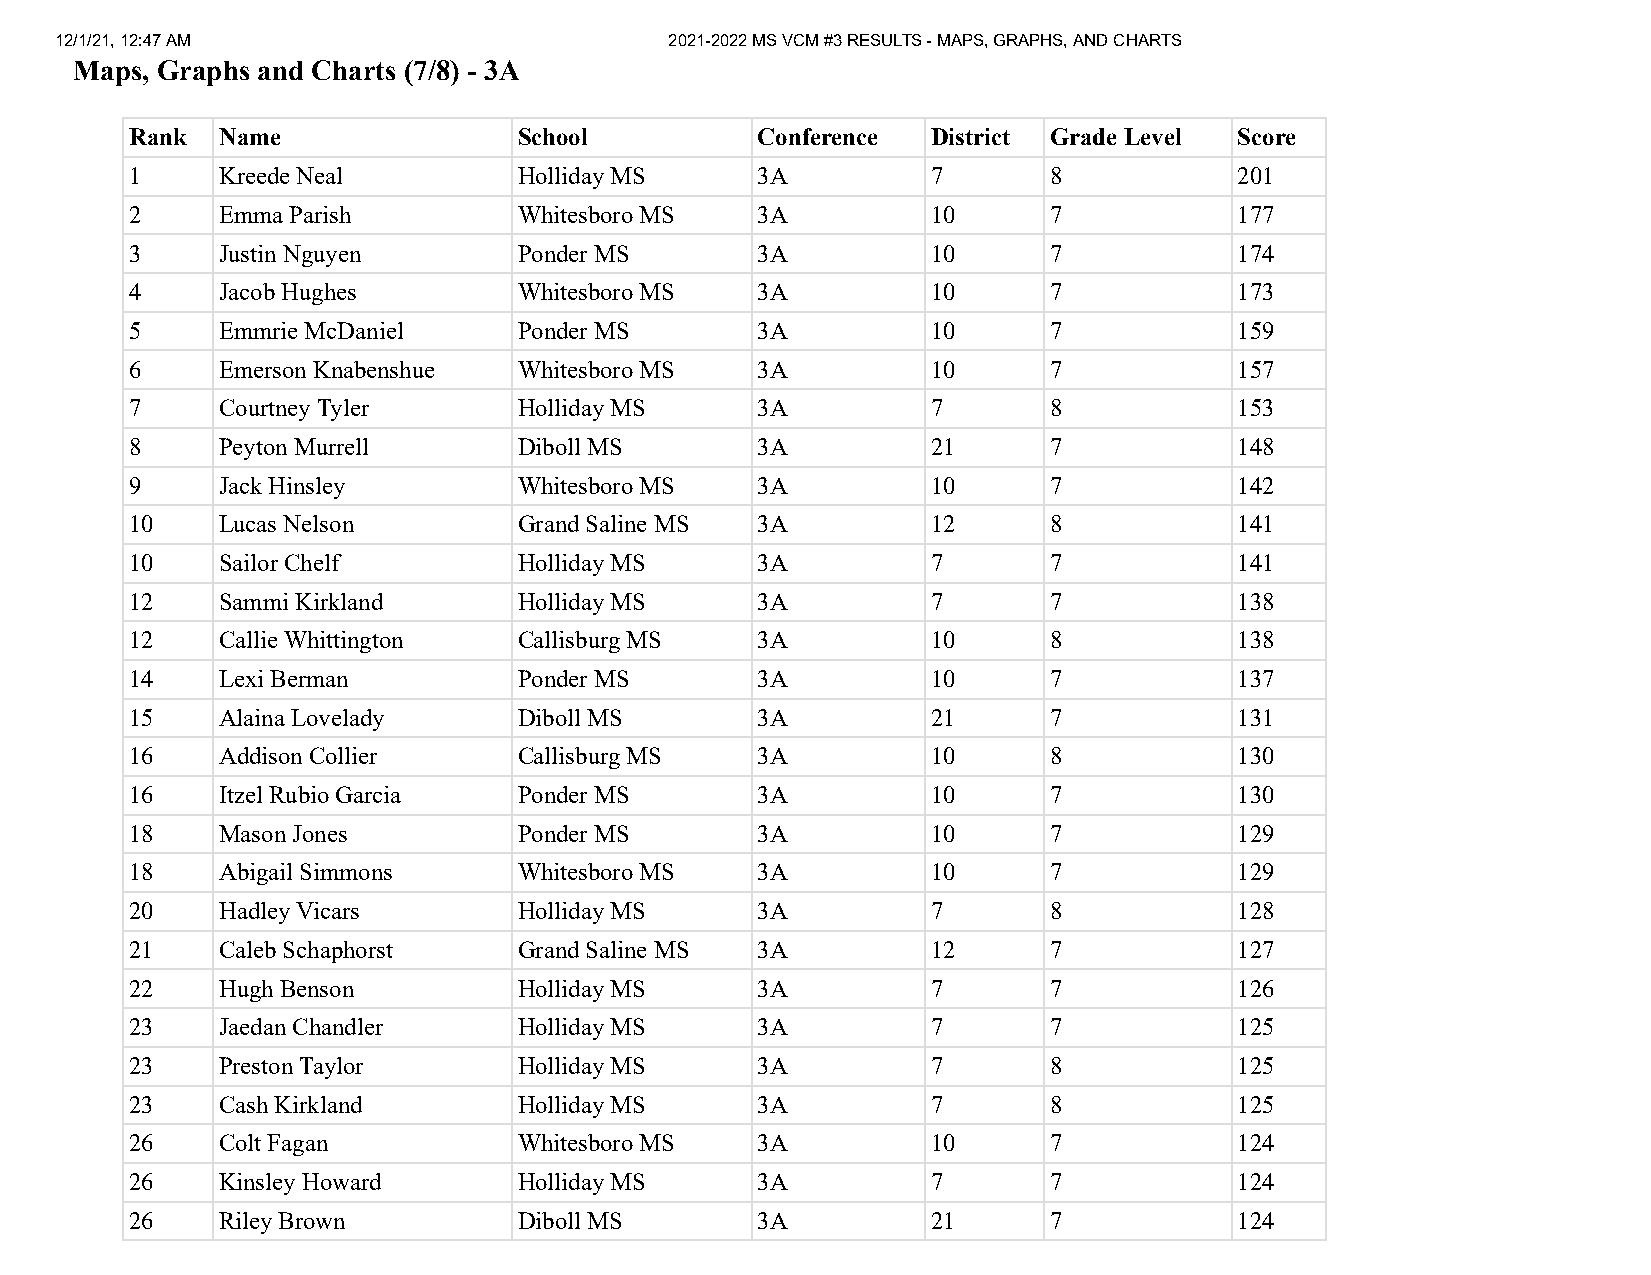
12/1/21, 12:47 AM                       2021-2022 MS VCM #3 RESULTS - MAPS, GRAPHS, AND CHARTS
 Maps, Graphs and Charts (7/8) - 3A
 Rank Name                School          Conference  District Grade Level Score
 1    Kreede Neal         Holliday MS     3A          7      8            201
 2    Emma Parish         Whitesboro MS   3A          10     7            177
 3    Justin Nguyen       Ponder MS       3A          10     7            174
 4    Jacob Hughes        Whitesboro MS   3A          10     7            173
 5    Emmrie McDaniel     Ponder MS       3A          10     7            159
 6    Emerson Knabenshue  Whitesboro MS   3A          10     7            157
 7    Courtney Tyler      Holliday MS     3A          7      8            153
 8    Peyton Murrell      Diboll MS       3A          21     7            148
 9    Jack Hinsley        Whitesboro MS   3A          10     7            142
 10   Lucas Nelson        Grand Saline MS 3A          12     8            141
 10   Sailor Chelf        Holliday MS     3A          7      7            141
 12   Sammi Kirkland      Holliday MS     3A          7      7            138
 12   Callie Whittington  Callisburg MS   3A          10     8            138
 14   Lexi Berman         Ponder MS       3A          10     7            137
 15   Alaina Lovelady     Diboll MS       3A          21     7            131
 16   Addison Collier     Callisburg MS   3A          10     8            130
 16   Itzel Rubio Garcia  Ponder MS       3A          10     7            130
 18   Mason Jones         Ponder MS       3A          10     7            129
 18   Abigail Simmons     Whitesboro MS   3A          10     7            129
 20   Hadley Vicars       Holliday MS     3A          7      8            128
 21   Caleb Schaphorst    Grand Saline MS 3A          12     7            127
 22   Hugh Benson         Holliday MS     3A          7      7            126
 23   Jaedan Chandler     Holliday MS     3A          7      7            125
 23   Preston Taylor      Holliday MS     3A          7      8            125
 23   Cash Kirkland       Holliday MS     3A          7      8            125
 26   Colt Fagan          Whitesboro MS   3A          10     7            124
 26   Kinsley Howard      Holliday MS     3A          7      7            124
 26   Riley Brown         Diboll MS       3A          21     7            124